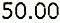
50.00